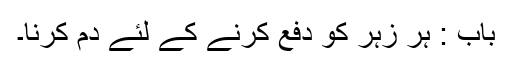
باب : ہر زہر کو دفع کرنے کے لئے دم کرنا۔